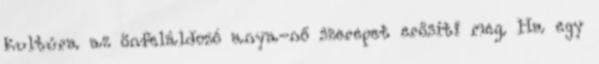
kultúra az önfeláldozó anya-nő szerepet erősíti meg. Ha egy